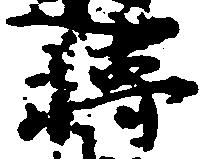
転